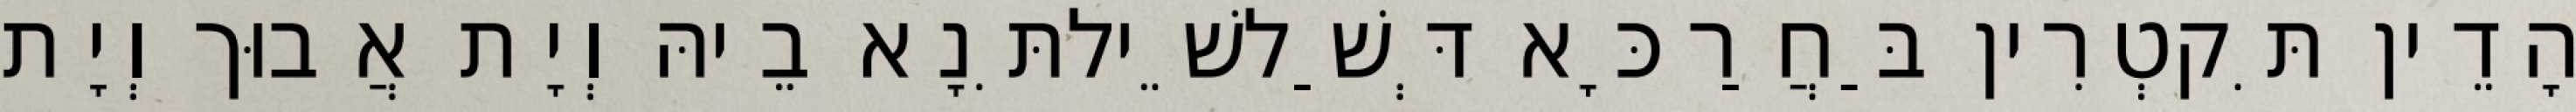
הָדֵין תִּקטְרִין בַּחֲרַכָּא דְּשַׁלשֵׁילתִּנָא בֵיהּ וְיָת אֲבוּך וְיָת